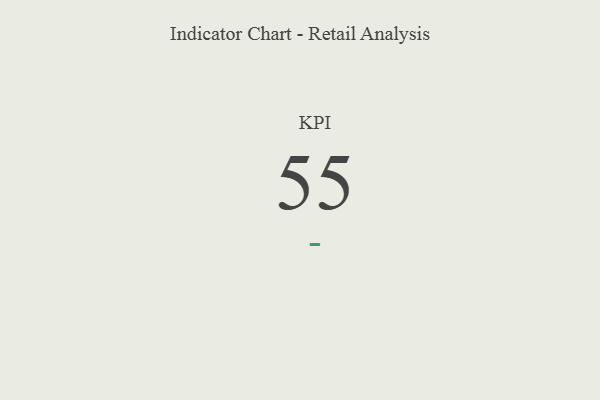
{"axis": {"x": "KPI", "y": "Value"}, "legend": [""], "data": [{"x": "KPI", "y": 55, "type": ""}]}